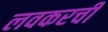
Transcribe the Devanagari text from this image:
लवकरची